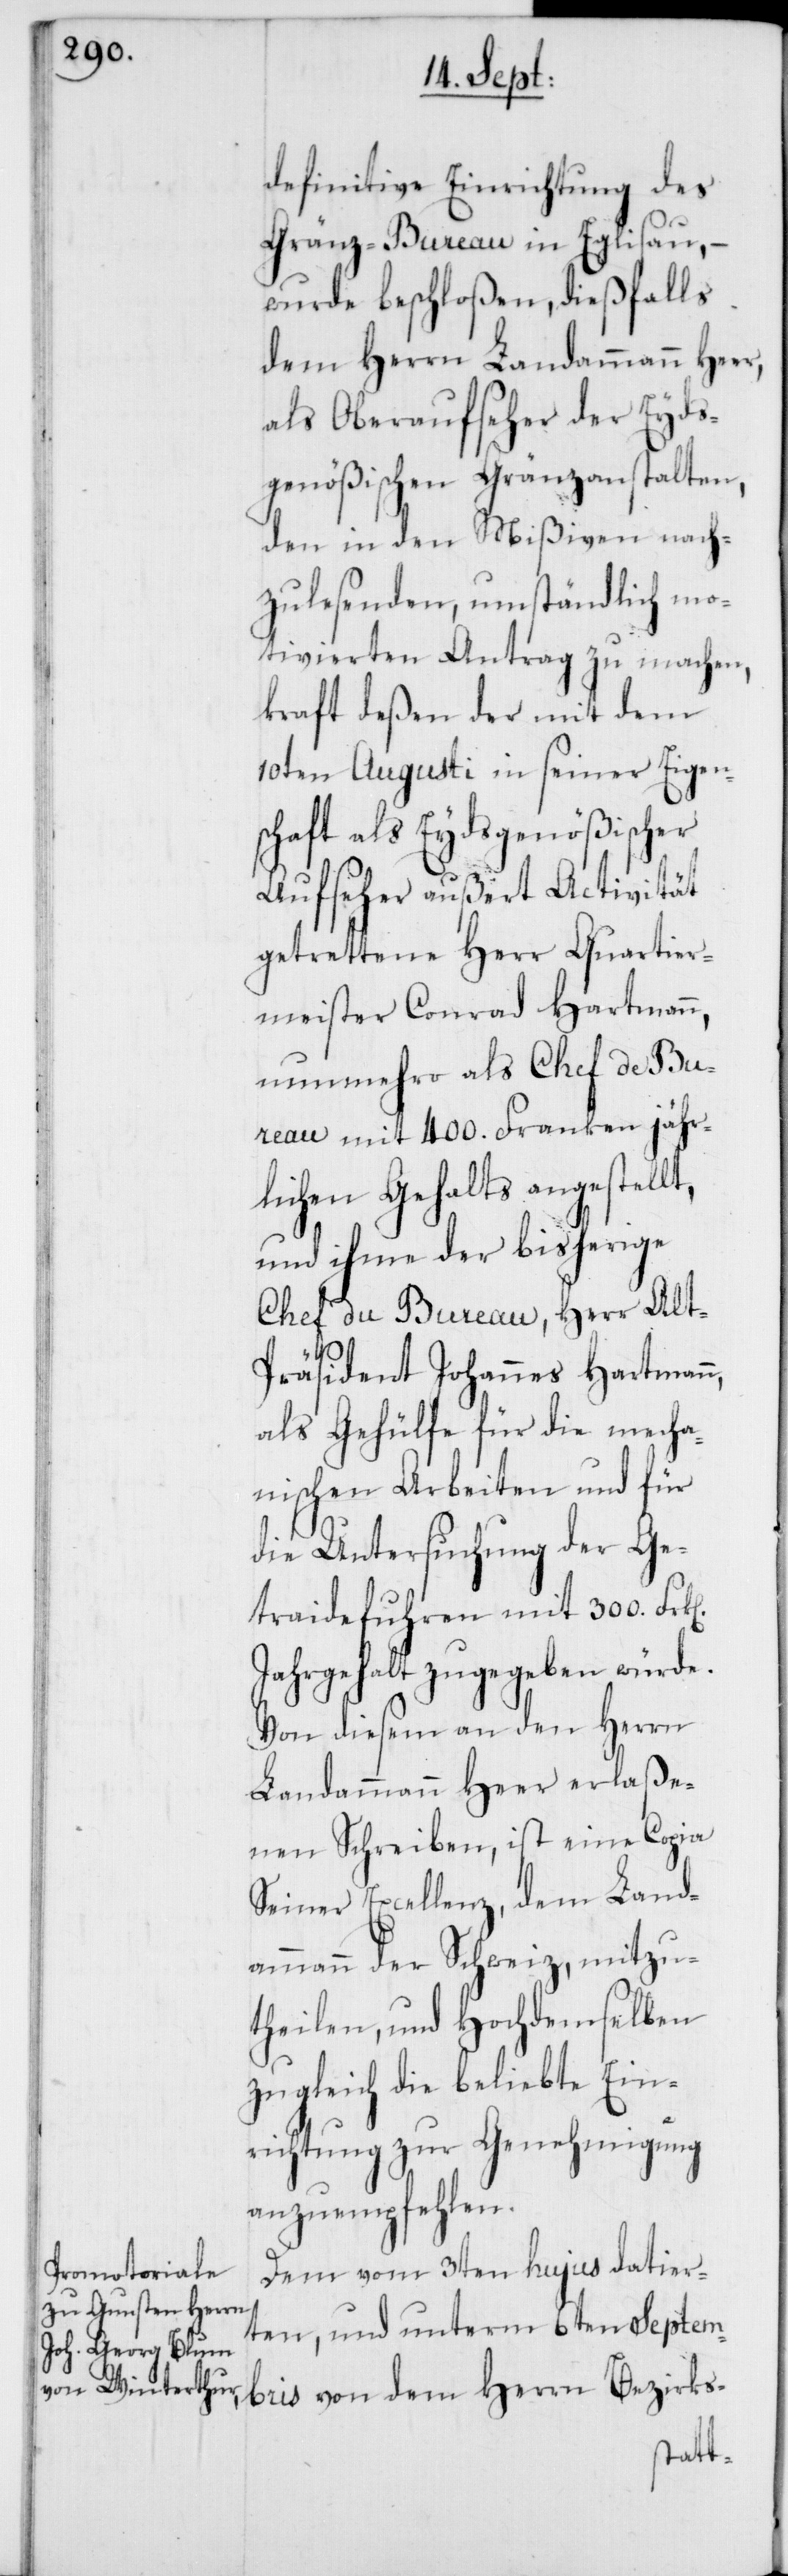
definitive Einrichtung des
Gränz-Bureau in Eglisau, –
wurde beschloßen, dießfalls
dem Herrn Landammann Heer,
als Oberaufseher der Eyds¬
genößischen Gränzanstalten,
den in den Mißiven nach¬
zulesenden, umständlich mo¬
tivierten Antrag zu machen,
kraft deßen der mit dem
10ten Augusti in seiner Eigens¬
chaft als Eydsgenößischer
Aufseher außert Activität
getrettene Herr Quartier¬
meister Conrad Hartmann,
nunmehro als Chef de Bur¬
eau mit 400. Franken jähr¬
lichen Gehalts angestell¬
und ihme der bisherige
Chef du Bureau, Herr Alt-P¬
räsident Johannes Hartmann,
als Gehülfe für die mecha¬
nischen Arbeiten und für
die Untersuchung der Ge¬
traidefuhren mit 300.
Jahrgehalt zugegeben würde.
Von diesem an den Herrn
Landammann Heer erlaße¬
nen Schreiben, ist eine Copia
Seiner Excellenz, dem Land¬
ammann der Schweiz, mitzu¬
theilen, und Hochdemselben
zugleich die beliebte Ein¬
richtung zur Genehmigung
anzuempfehlen.
Dem vom 3ten hujus datier¬
ten, und unterm 6ten Septem¬
bris von dem Herrn Bezirks-
t,